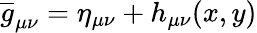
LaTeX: \overline{{{g}}}_{\mu\nu}=\eta_{\mu\nu}+h_{\mu\nu}(x,y)